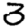
Digit: 3